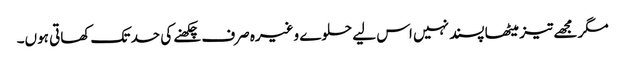
مگر مجھے تیز میٹھا پسند نہیں اس لیے حلوے وغیرہ صرف چکھنے کی حد تک کھاتی ہوں۔